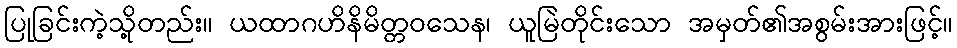
ပြုခြင်းကဲ့သို့တည်း။ ယထာဂဟိနိမိတ္တဝသေန၊ ယူမြဲတိုင်းသော အမှတ်၏အစွမ်းအားဖြင့်။